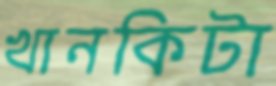
খানকিটা